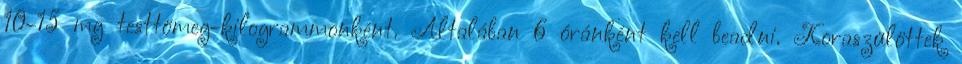
10-15 mg testtömeg-kilogrammonként. Általában 6 óránként kell beadni. Koraszülöttek